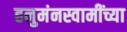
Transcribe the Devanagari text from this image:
हनुमंनस्वामींच्या